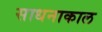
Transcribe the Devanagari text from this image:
साधनाकाल